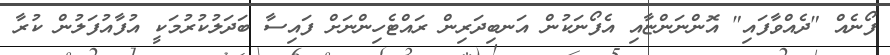
ފޯނެއް "ދެއްވާފައި" އޮންނަންޏާއި އެފޯނަކުން އަނބިދަރިން ރައްޓެހިންނަށް ފައިސާ ބަދަލުކުރުމަކީ އުފާއުފަލުން ކުރާ